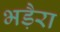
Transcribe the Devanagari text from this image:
भड़ैरा